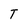
Character: T